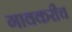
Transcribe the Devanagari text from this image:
गावकरीच